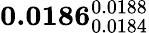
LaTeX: \mathbf{0.0186}_{0.0184}^{0.0188}